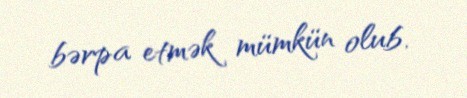
bərpa etmək mümkün olub.